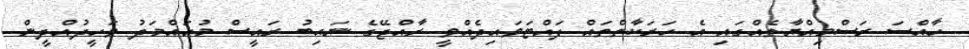
ހާއްސަ ރަސްމިއްޔާތެއްގައި އެ ހަރަކާތްތައް ފައްޓަވައިދެއްވީ ރާއްޖޭގެ ނައިބު ރައީސް މުހައްމަދު ވަހީދުއްދީން